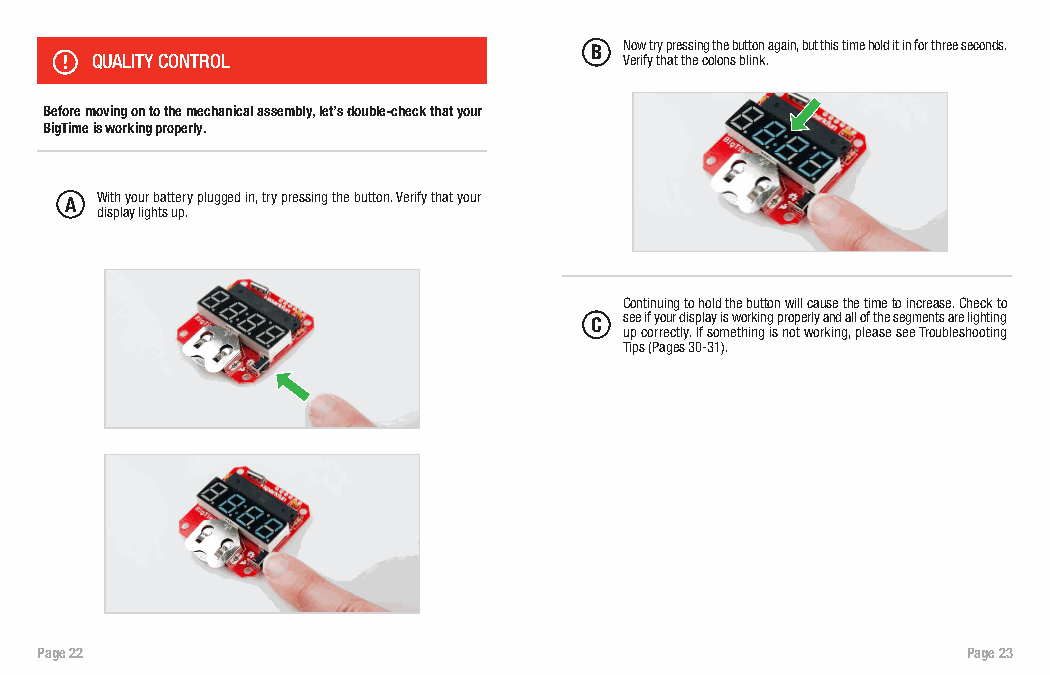
B Now try pressing the button again, but this time hold it in for three seconds.
 QUALITY CONTROL                    Verify that the colons blink.
 Before moving on to the mechanical assembly, let’s double-check that your
 BigTime is working properly.
 A With your battery plugged in, try pressing the button. Verify that your
 display lights up.
 Continuing to hold the button will cause the time to increase. Check to
 C see if your display is working properly and all of the segments are lighting
 up correctly. If something is not working, please see Troubleshooting
 Tips (Pages 30-31).
 Page 22                                                       Page 23